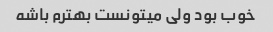
خوب بود ولی میتونست بهترم باشه